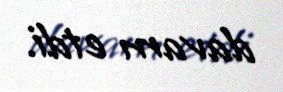
davam etdi.